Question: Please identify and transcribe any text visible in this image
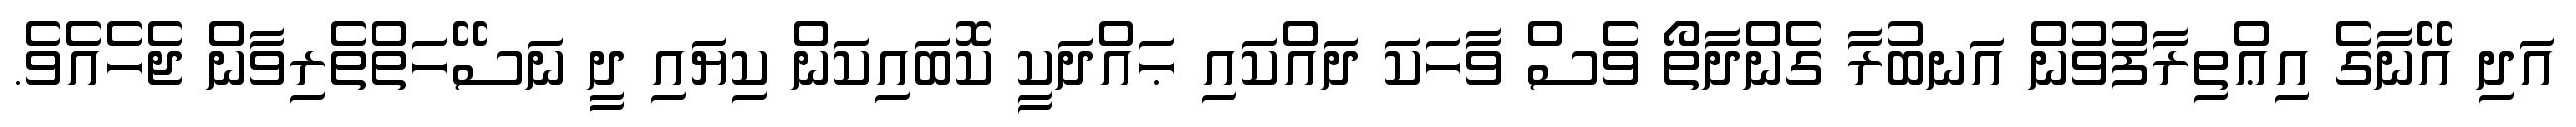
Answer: އަދި އޭނާގެ އިޢްތިރާފުވުން އަނބުރާ ގެންދާތޯ ވެސް ވާހަކަ ދައްކައި ޙައްދަކީ ކޮބައިކަން ކިޔައި ދީ ނަސޭހަތްތެރިވާން ޖެހެއެވެ.